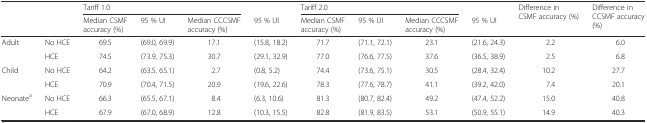
<table><thead><tr><td></td><td></td><td colspan="3"><b>Tariff 1.0</b></td><td></td><td colspan="3"><b>Tariff 2.0</b></td><td></td><td rowspan="2"><b>Difference in CSMF accuracy (%)</b></td><td rowspan="2"><b>Difference in CCSMF accuracy (%)</b></td></tr><tr><td></td><td></td><td><b>Median CSMF accuracy (%)</b></td><td><b>95 % UI</b></td><td><b>Median CCCSMF accuracy (%)</b></td><td><b>95 % UI</b></td><td><b>Median CSMF accuracy (%)</b></td><td><b>95 % UI</b></td><td><b>Median CCCSMF accuracy (%)</b></td><td><b>95 % UI</b></td></tr></thead><tbody><tr><td>Adult</td><td>No HCE</td><td>69.5</td><td>(69.0, 69.9)</td><td>17.1</td><td>(15.8, 18.2)</td><td>71.7</td><td>(71.1, 72.1)</td><td>23.1</td><td>(21.6, 24.3)</td><td>2.2</td><td>6.0</td></tr><tr><td></td><td>HCE</td><td>74.5</td><td>(73.9, 75.3)</td><td>30.7</td><td>(29.1, 32.9)</td><td>77.0</td><td>(76.6, 77.5)</td><td>37.6</td><td>(36.5, 38.9)</td><td>2.5</td><td>6.8</td></tr><tr><td>Child</td><td>No HCE</td><td>64.2</td><td>(63.5, 65.1)</td><td>2.7</td><td>(0.8, 5.2)</td><td>74.4</td><td>(73.6, 75.1)</td><td>30.5</td><td>(28.4, 32.4)</td><td>10.2</td><td>27.7</td></tr><tr><td></td><td>HCE</td><td>70.9</td><td>(70.4, 71.5)</td><td>20.9</td><td>(19.6, 22.6)</td><td>78.3</td><td>(77.6, 78.7)</td><td>41.1</td><td>(39.2, 42.0)</td><td>7.4</td><td>20.1</td></tr><tr><td>Neonate<sup>a</sup></td><td>No HCE</td><td>66.3</td><td>(65.5, 67.1)</td><td>8.4</td><td>(6.3, 10.6)</td><td>81.3</td><td>(80.7, 82.4)</td><td>49.2</td><td>(47.4, 52.2)</td><td>15.0</td><td>40.8</td></tr><tr><td></td><td>HCE</td><td>67.9</td><td>(67.0, 68.9)</td><td>12.8</td><td>(10.3, 15.5)</td><td>82.8</td><td>(81.9, 83.5)</td><td>53.1</td><td>(50.9, 55.1)</td><td>14.9</td><td>40.3</td></tr></tbody></table>